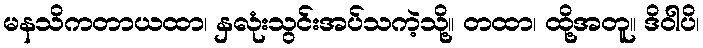
မနသိကတာယထာ၊ နှလုံးသွင်းအပ်သကဲ့သို့။ တထာ၊ ထို့အတူ။ ဒိဝါပိ၊